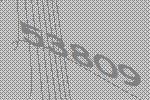
53809